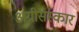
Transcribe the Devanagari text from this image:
अग्नीसंस्कार